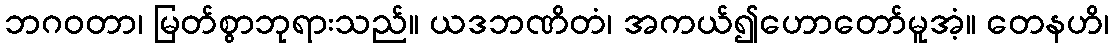
ဘဂဝတာ၊ မြတ်စွာဘုရားသည်။ ယဒဘဏိတံ၊ အကယ်၍ဟောတော်မူအံ့။ တေနဟိ၊